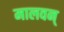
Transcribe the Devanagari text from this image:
मालवन्